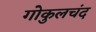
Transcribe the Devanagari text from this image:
गोकुलचंद